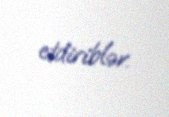
etdiriblər.